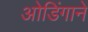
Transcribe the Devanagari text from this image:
ओडिंगाने